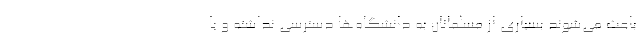
باعث می‌شوند بسیاری از مسلمانان به دانشگاه‌ها دسترسی نداشته و با